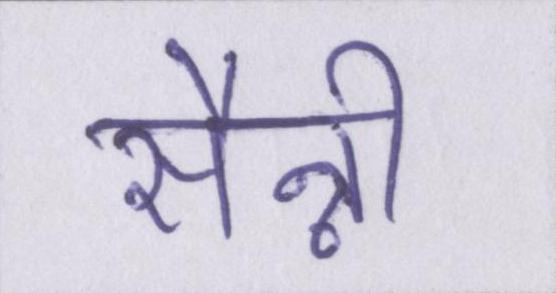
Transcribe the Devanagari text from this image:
सैन्नी